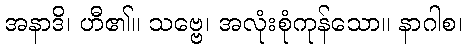
အနာဒိ၊ ဟီ၏။ သဗ္ဗေ၊ အလုံးစုံကုန်သော။ နာဂါစ၊